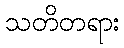
သတိတရား